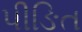
પીઙિત